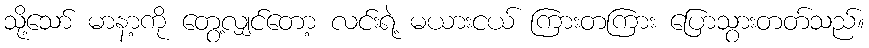
သို့သော် မာနာ့ကို တွေ့လျှင်တော့ လင်းရဲ့ မယားငယ် ကြားတကြား ပြောသွားတတ်သည်။